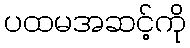
ပထမအဆင့်ကို